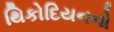
થિકોદિયનનો